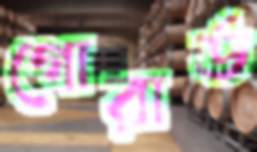
গোরার্ড